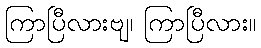
ကြာပြီလားဗျ၊ ကြာပြီလား။